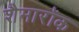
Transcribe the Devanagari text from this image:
शैमारॉक